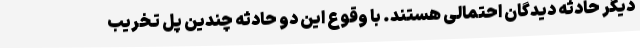
دیگر حادثه دیدگان احتمالی هستند. با وقوع این دو حادثه چندین پل تخریب